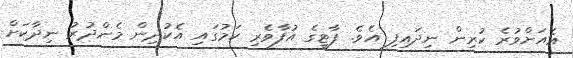
އެއަށްވުރެ ކުރިން ނިދައިފި އެވެ. ޕާޓީގެ އުފާވެރި ކަމުގައި އެކުދިން މެންދުރު ނިދާކަށް